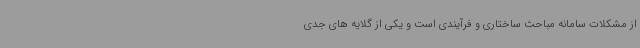
از مشکلات سامانه مباحث‌ ساختاری و فرآیندی است و یکی از گلایه های جدی